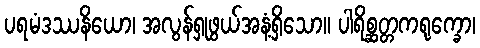
ပရမံဒဿနိယော၊ အလွန်ရှုဖွယ်အနံ့ရှိသော။ ပါရိစ္ဆတ္တကရုက္ခော၊